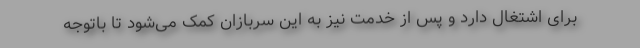
برای اشتغال دارد و پس از خدمت نیز به این سربازان کمک می‌شود تا باتوجه